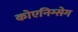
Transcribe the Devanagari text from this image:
कोएनिग्सेग